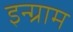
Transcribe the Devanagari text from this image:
इन्ग्राम